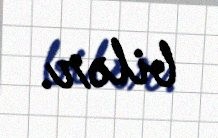
bilər.